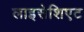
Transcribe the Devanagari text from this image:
लाइसेशिएट